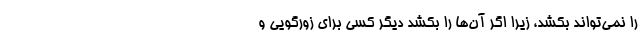
را نمی‌تواند بکشد، زیرا اگر آن‌ها را بکشد دیگر کسی برای زورگویی و